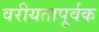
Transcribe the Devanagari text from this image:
वरीयतापूर्वक